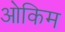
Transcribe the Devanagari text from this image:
ओकिम